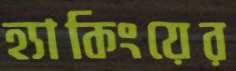
হ্যাকিংয়ের